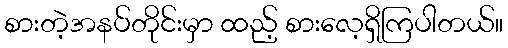
စားတဲ့အနပ်တိုင်းမှာ ထည့် စားလေ့ရှိကြပါတယ်။